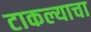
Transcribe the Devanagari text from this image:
टाकल्याचा